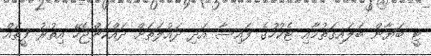
ޓީ ބަޔާން ބަލައިގަތުމާއި ޓެކުހުގެ ފައިސާ އަދި ދައުލަތަށް ދައްކަންޖެހޭ އިތުރު ފީތައް